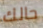
حالك